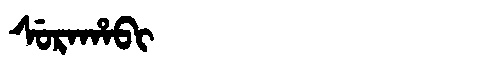
Manchu: ᠰᡠᡵᠠᡥᠠᠪᡳ
Romanization: SURAHABI